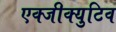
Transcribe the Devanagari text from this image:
एक्जीक्युटिव